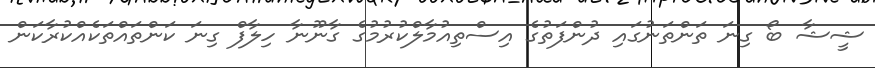
ޝީޝާ ބޯ ގިނަ ތަންތަނުގައި ދުންފަތުގެ އިސްތިއުމާލްކުރުމުގެ ގާނޫނާ ހިލާފް ގިނަ ކަންތައްތަކެއްކުރާކަން